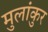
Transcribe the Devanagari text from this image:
मुलांकुर